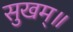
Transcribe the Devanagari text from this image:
सुखम्॥